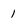
Character: 1